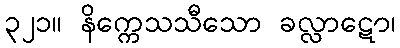
၃၂၁။ နိက္ကေသသီသော ခလ္လာဋော၊